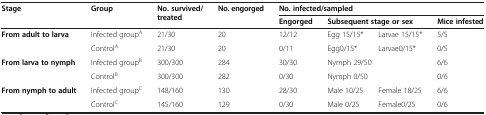
<table><thead><tr><td rowspan="2"><b>Stage</b></td><td rowspan="2"><b>Group</b></td><td rowspan="2"><b>No. survived/treated</b></td><td rowspan="2"><b>No. engorged</b></td><td colspan="4"><b>No. infected/sampled</b></td></tr><tr><td><b>Engorged</b></td><td colspan="2"><b>Subsequent stage or sex</b></td><td><b>Mice infested</b></td></tr></thead><tbody><tr><td rowspan="2"><b>From adult to larva</b></td><td>Infected group<sup>A</sup></td><td>21/30</td><td>20</td><td>12/12</td><td>Egg 15/15*</td><td>Larvae 15/15*</td><td>5/5</td></tr><tr><td>Control<sup>A</sup></td><td>21/30</td><td>20</td><td>0/11</td><td>Egg0/15*</td><td>Larvae0/15*</td><td>0/5</td></tr><tr><td rowspan="2"><b>From larva to nymph</b></td><td>Infected group<sup>B</sup></td><td>300/300</td><td>284</td><td>30/30</td><td colspan="2">Nymph 29/50</td><td>6/6</td></tr><tr><td>Control<sup>B</sup></td><td>300/300</td><td>282</td><td>0/30</td><td colspan="2">Nymph 0/50</td><td>0/6</td></tr><tr><td rowspan="2"><b>From nymph to adult</b></td><td>Infected group<sup>C</sup></td><td>148/160</td><td>130</td><td>28/30</td><td>Male 10/25</td><td>Female 18/25</td><td>6/6</td></tr><tr><td>Control<sup>C</sup></td><td>145/160</td><td>129</td><td>0/30</td><td>Male 0/25</td><td>Female0/25</td><td>0/6</td></tr></tbody></table>